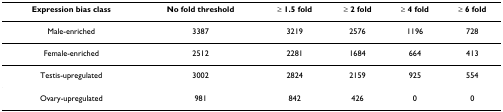
<table><thead><tr><td><b>Expression bias class</b></td><td><b>No fold threshold</b></td><td><b>≥ 1.5 fold</b></td><td><b>≥ 2 fold</b></td><td><b>≥ 4 fold</b></td><td><b>≥ 6 fold</b></td></tr></thead><tbody><tr><td>Male-enriched</td><td>3387</td><td>3219</td><td>2576</td><td>1196</td><td>728</td></tr><tr><td>Female-enriched</td><td>2512</td><td>2281</td><td>1684</td><td>664</td><td>413</td></tr><tr><td>Testis-upregulated</td><td>3002</td><td>2824</td><td>2159</td><td>925</td><td>554</td></tr><tr><td>Ovary-upregulated</td><td>981</td><td>842</td><td>426</td><td>0</td><td>0</td></tr></tbody></table>